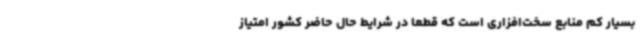
بسیار کم منابع سخت‌افزاری است که قطعاً در شرایط حال حاضر کشور امتیاز